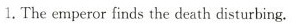
1.The emperor finds the death disturbing.